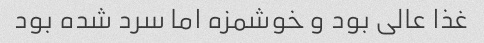
غذا عالی بود و خوشمزه اما سرد شده بود